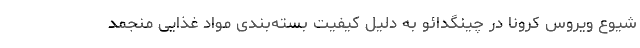
شیوع ویروس کرونا در چینگدائو به دلیل کیفیت بسته‌بندی مواد غذایی منجمد